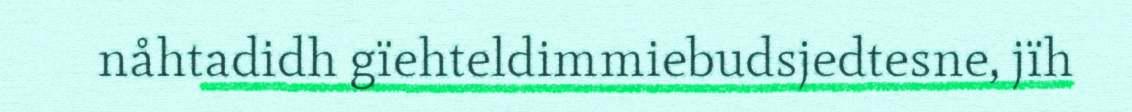
nåhtadidh gïehteldimmiebudsjedtesne, jïh